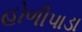
હોળીપાડા